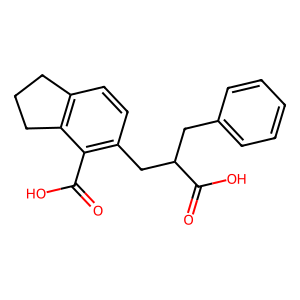
SMILES: O=C(O)c1c(CC(Cc2ccccc2)C(=O)O)ccc2c1CCC2
Inhibits HIV replication: No